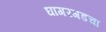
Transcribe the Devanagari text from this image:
घागरगडचा